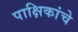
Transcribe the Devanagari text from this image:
पाक्षिकांचे